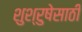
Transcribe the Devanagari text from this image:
शुश्रुषेसाठी